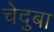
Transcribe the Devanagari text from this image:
चेदुबा